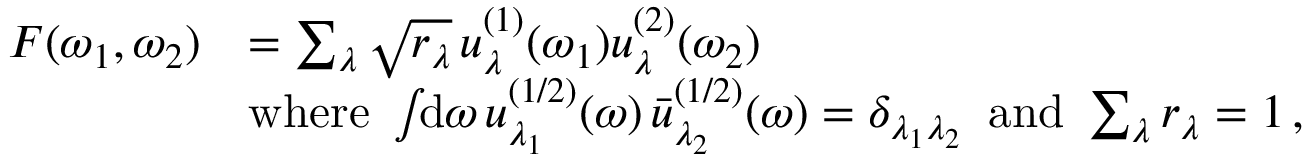
\begin{array} { r l } { F ( \omega _ { 1 } , \omega _ { 2 } ) } & { = \sum _ { \lambda } \sqrt { r _ { \lambda } } \, u _ { \lambda } ^ { ( 1 ) } ( \omega _ { 1 } ) u _ { \lambda } ^ { ( 2 ) } ( \omega _ { 2 } ) } \\ & { \mathrm { w h e r e } \, \, \int \! \! \mathrm { d } \omega \, u _ { \lambda _ { 1 } } ^ { ( 1 / 2 ) } ( \omega ) \, \bar { u } _ { \lambda _ { 2 } } ^ { ( 1 / 2 ) } ( \omega ) = \delta _ { \lambda _ { 1 } \lambda _ { 2 } } \, \, \, \mathrm { a n d } \, \, \sum _ { \lambda } r _ { \lambda } = 1 \, , } \end{array}